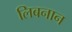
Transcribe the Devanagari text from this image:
लिबनान